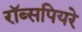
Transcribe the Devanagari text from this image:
रॉब्सपियरे